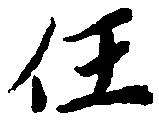
任